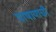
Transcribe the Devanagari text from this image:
पाषाणची